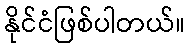
နိုင်ငံဖြစ်ပါတယ်။